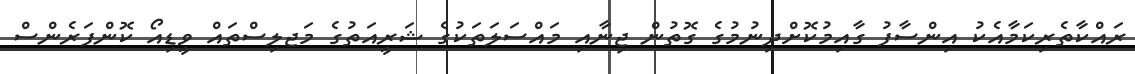
ރައްކާތެރިކަމާއެކު އިންސާފު ގާއިމުކޮށްދިނުމުގެ ގޮތުން ޖިނާއި މައްސަލަތަކުގެ ޝަރީއަތުގެ މަޖލިސްތައް ވީޑިއޯ ކޮންފަރެންސް